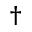
^ \dagger